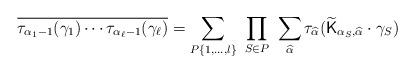
LaTeX: \begin{align*} \overline{\tau_{\alpha_1-1}(\gamma_1)\cdots\tau_{\alpha_{\ell}-1}(\gamma_{\ell})}=\sum_{P \{1,\ldots,l\}}\ \prod_{S\in P}\ \sum_{\widehat{\alpha}}\tau_{\widehat{\alpha}}(\widetilde{\mathsf{K}}_{\alpha_S,\widehat{\alpha}}\cdot\gamma_S) \ \end{align*}